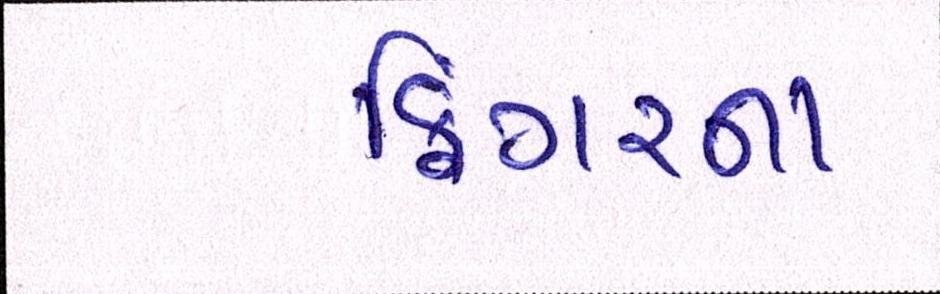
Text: ફિંગરના